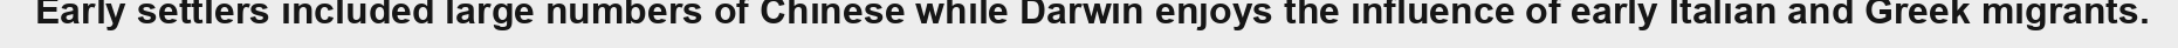
Early settlers included large numbers of Chinese while Darwin enjoys the influence of early Italian and Greek migrants.